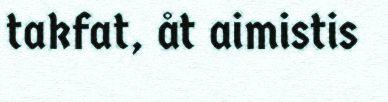
takfat, åt aimistis